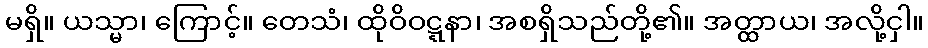
မရှိ။ ယသ္မာ၊ ကြောင့်။ တေသံ၊ ထိုဝိဝဋ္ဋနာ၊ အစရှိသည်တို့၏။ အတ္ထာယ၊ အလို့ငှါ။